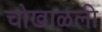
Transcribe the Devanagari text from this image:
चोखाळली